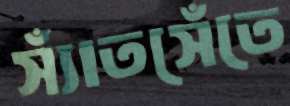
স্যাঁতসেঁতে